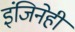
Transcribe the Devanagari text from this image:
इंजिनेही